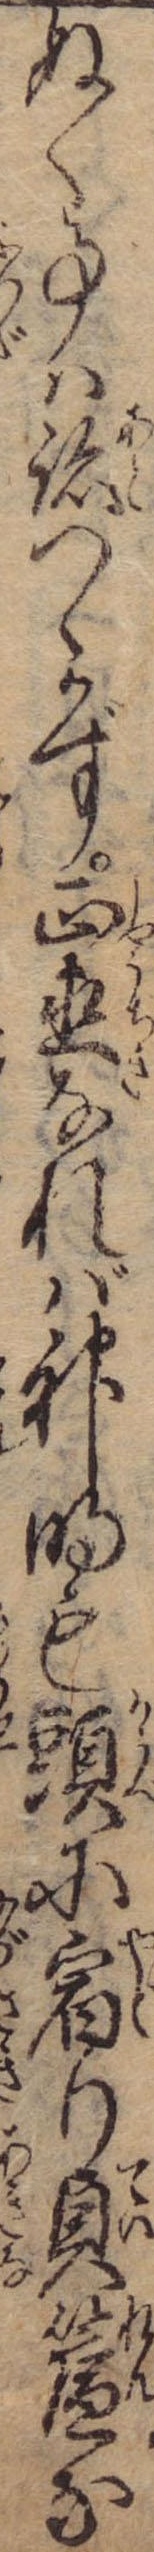
ぬく事は跡つゝかず正直なれば神明も頭に宿り貞簾な